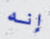
إنه